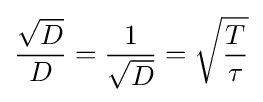
{{\sqrt {D}} \over D}={1 \over {\sqrt {D}}}={\sqrt {T \over \tau }}